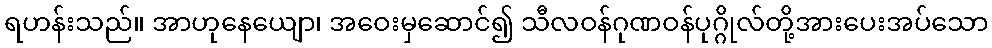
ရဟန်းသည်။ အာဟုနေယျော၊ အဝေးမှဆောင်၍ သီလဝန်ဂုဏဝန်ပုဂ္ဂိုလ်တို့အားပေးအပ်သော